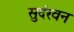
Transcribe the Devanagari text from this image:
सुदंरवन